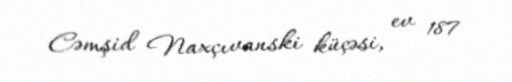
Cəmşid Naxçıvanski küçəsi, ev 187